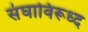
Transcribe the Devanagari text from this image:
संघाविरूध्द